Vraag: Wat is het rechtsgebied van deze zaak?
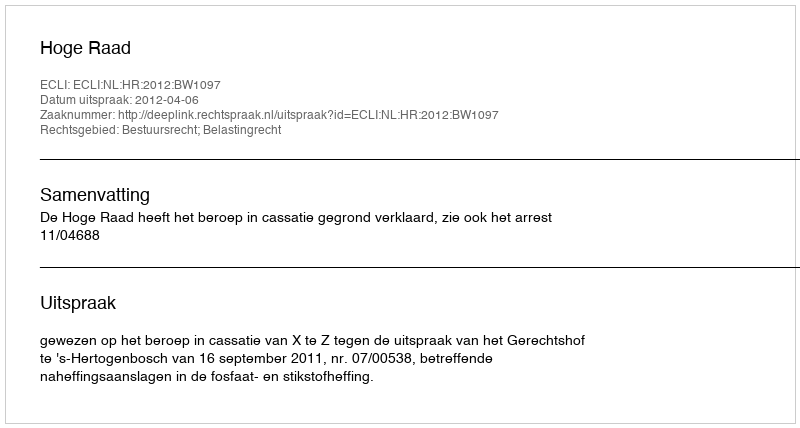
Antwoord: Bestuursrecht; Belastingrecht